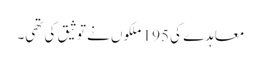
معاہدے کی 195 ملکوں نے توثیق کی تھی۔